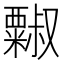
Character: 𱹥